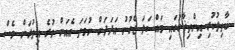
ބާތިލުކުރި އިންތިޚާބުގައި މައްސަލަ ޖެހުނު އަދަދަށް ނުވަތަ އެއަށް ވުރެ އިތުރަށް ވެސް